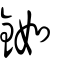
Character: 銣